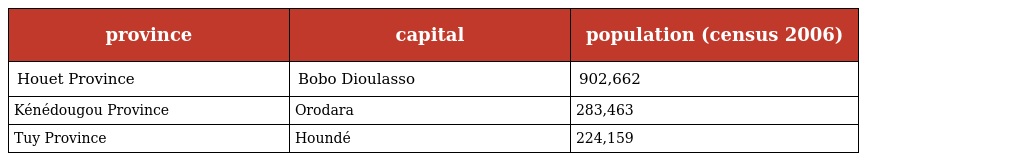
| province | capital | population (census 2006) |
 | --- | --- | --- |
 | Houet Province | Bobo Dioulasso | 902,662 |
 | Kénédougou Province | Orodara | 283,463 |
 | Tuy Province | Houndé | 224,159 |